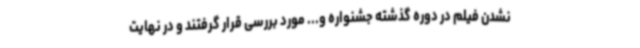
نشدن فیلم در دوره گذشته جشنواره و... مورد بررسی قرار گرفتند و در نهایت